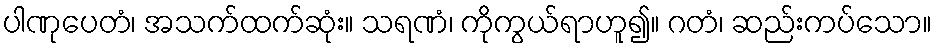
ပါဏုပေတံ၊ အသက်ထက်ဆုံး။ သရဏံ၊ ကိုကွယ်ရာဟူ၍။ ဂတံ၊ ဆည်းကပ်သော။